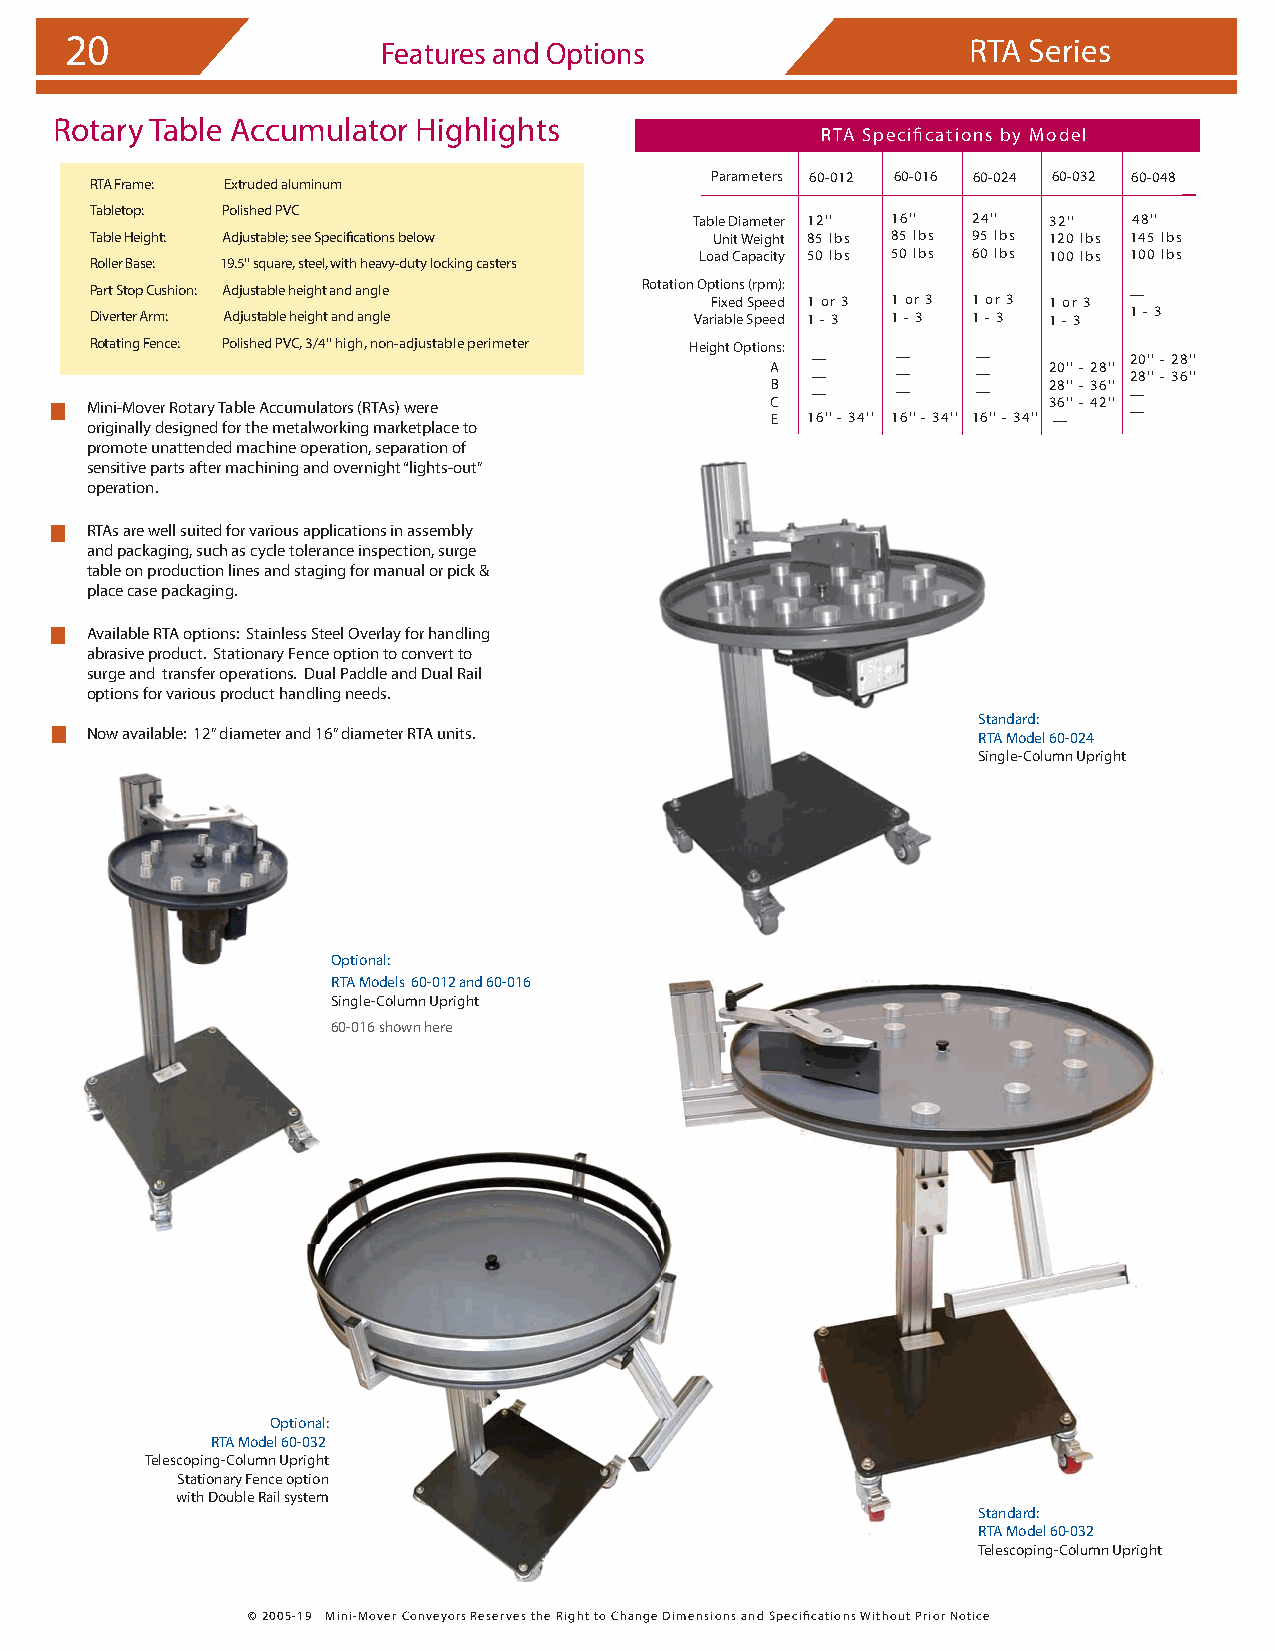
20                   Features and Options                   RTA Series
 Rotary Table Accumulator Highlights
 RTA Specifications by Model
 Parameters 60-012 60-016 60-024 60-032 60-048
 RTA Frame: Extruded aluminum
 Tabletop: Polished PVC
 Table Diameter 12'' 16'' 24'' 32'' 48''
 Table Height: Adjustable; see Specifications below Unit Weight 85 lbs 85 lbs 95 lbs 120 lbs 145 lbs
 Load Capacity 50 lbs 50 lbs 60 lbs 100 lbs 100 lbs
 Roller Base: 19.5'' square, steel, with heavy-duty locking casters
 Part Stop Cushion: Adjustable height and angle Rotation Op Ft ii xo en ds S(r pp em ed): 1 or 3 1 or 3 1 or 3 1 or 3 —
 Diverter Arm: Adjustable height and angle Variable Speed 1 - 3 1 - 3 1 - 3 1 - 3 1 - 3
 Rotating Fence: Polished PVC, 3/4'' high, non-adjustable perimeter Height Options:
 —    —     —         20'' - 28''
 A                 20'' - 28''
 —    —     —         28'' - 36''
 B                 28'' - 36''
 —    —     —         —
 Mini-Mover Rotary Table Accumulators (RTAs) were C E 16'' - 34'' 16'' - 34'' 16'' - 34'' 3 —6'' - 42'' —
 originally designed for the metalworking marketplace to
 promote unattended machine operation, separation of
 sensitive parts after machining and overnight “lights-out”
 operation.
 RTAs are well suited for various applications in assembly
 and packaging, such as cycle tolerance inspection, surge
 table on production lines and staging for manual or pick &
 place case packaging.
 Available RTA options: Stainless Steel Overlay for handling
 abrasive product. Stationary Fence option to convert to
 surge and transfer operations. Dual Paddle and Dual Rail
 options for various product handling needs.
 Standard:
 Now available: 12” diameter and 16” diameter RTA units.    RTA Model 60-024
 Single-Column Upright
 Optional:
 RTA Models 60-012 and 60-016
 Single-Column Upright
 60-016 shown here
 Optional:
 RTA Model 60-032
 Telescoping-Column Upright
 Stationary Fence option
 with Double Rail system
 SSttaannddaarrdd::
 RRTTAA MMooddeell 6600--003322
 Telescoping-Column Upright
 © 2005-19 Mini-Mover Conveyors Reserves the Right to Change Dimensions and Specifications Without Prior Notice